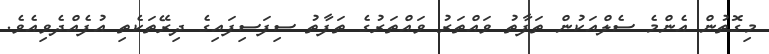
މިގޮތުން އެންމެ ސެލްއަކުން ތަފާތު ވައްތަރު ވައްތަރުގެ ތަފާތު ސިފަސިފައިގެ ދިރޭތަކެތި އުފެއްދެވިއެވެ.